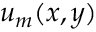
u _ { m } ( x , y )